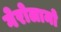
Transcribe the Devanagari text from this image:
गेरोलामो